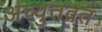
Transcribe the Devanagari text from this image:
अच्युतव्रत